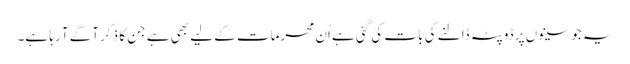
یہ جو سینوں پر ڈوپٹہ ڈالنے کی بات کی گئی ہے اُن محرمات کے لیے بھی ہے جن کا ذکر آگے آ رہا ہے۔